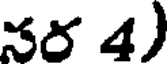
నర 4)